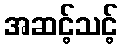
အဆင့်သင့်